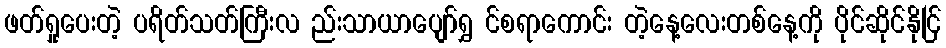
ဖတ်ရှုပေးတဲ့ ပရိတ်သတ်ကြီးလ ည်းသာယာပျော်ရွှ င်စရာကောင်း တဲ့နေ့လေးတစ်နေ့ကို ပိုင်ဆိုင်နိုင်ြ